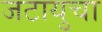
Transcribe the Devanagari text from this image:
जटायुचा